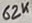
Text: 62K